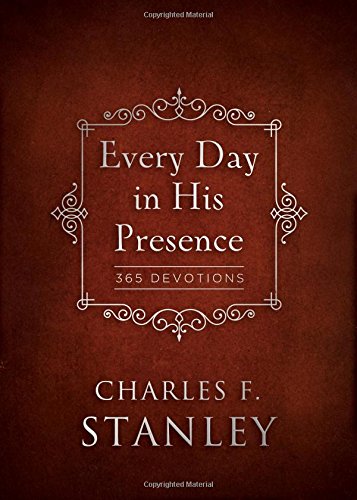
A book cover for Every Day in His Presence; Charles Stanley; Christian Books & Bibles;